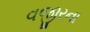
વજીરના